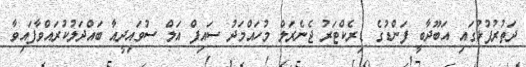
ދަތުރުފުޅުގައި އަބޫދާބީ ފަންޑުގެ ޑިރެކްޓަރު ޖެނެރަލް މުހައްމަދު ސައިފް އަލް ސުވައިދީއާ ބައްދަލުކުރައްވާފައިވާ